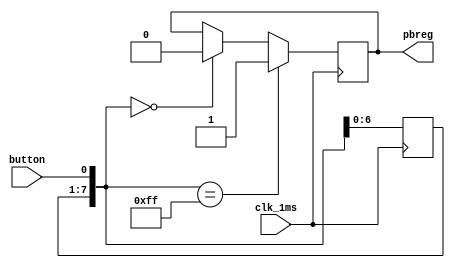
`timescale 1ns / 1ps
//////////////////////////////////////////////////////////////////////////////////
// Company: 
// Engineer: 
// 
// Design Name: 
// Module Name:    pbdebounce 
// Project Name: 
// Target Devices: 
// Tool versions: 
// Description: 
//
// Dependencies: 
//
// Revision: 
// Revision 0.01 - File Created
// Additional Comments: 
//
//////////////////////////////////////////////////////////////////////////////////
module pbdebounce(
	input wire clk_1ms,
	input wire button, 
	output reg pbreg
	);
	reg [7:0] pbshift;
	always@(posedge clk_1ms) begin
		pbshift=pbshift<<1;
		pbshift[0]=button;
		if (pbshift==8'b0)
			pbreg=0;
		if (pbshift==8'hFF)
			pbreg=1;	
	end
endmodule